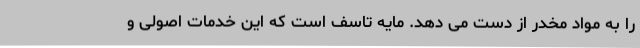
را به مواد مخدر از دست می دهد. مایه تاسف است که این خدمات اصولی و